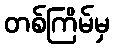
တစ်ကြိမ်မှ